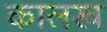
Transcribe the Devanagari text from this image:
कालख